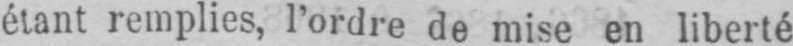
étant remplies, l’ordre de mise en liberté